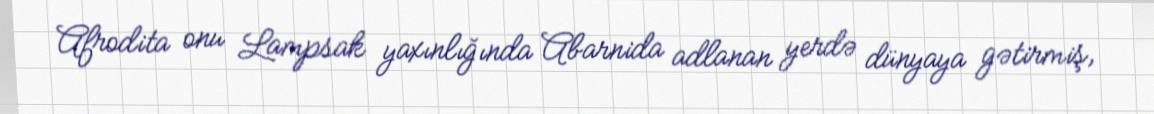
Afrodita onu Lampsak yaxınlığında Abarnida adlanan yerdə dünyaya gətirmiş,